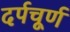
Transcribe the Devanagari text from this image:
दर्पचूर्ण